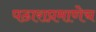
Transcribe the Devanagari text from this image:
पठाराप्रमाणेच